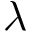
\lambda